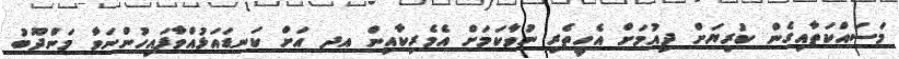
މަސައްކަތާއިގެން ކުރިޔަށް ދިއުމަށް އެހީތެރި ނުވާކަމަށް އެމެރިކާއިން އދ އަށް ކަނޑައަޅުއްވާފައިހުންނަވާ މަންދޫބު